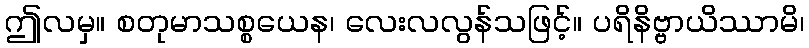
ဤလမှ။ စတုမာသစ္စယေန၊ လေးလလွန်သဖြင့်။ ပရိနိဗ္ဗာယိဿာမိ၊